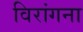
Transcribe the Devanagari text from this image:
विरांगना